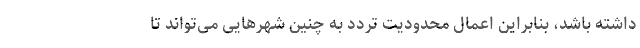
داشته باشد، بنابراین اعمال محدودیت تردد به چنین شهرهایی می‌تواند تا